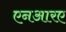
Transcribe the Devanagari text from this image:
एनआरए